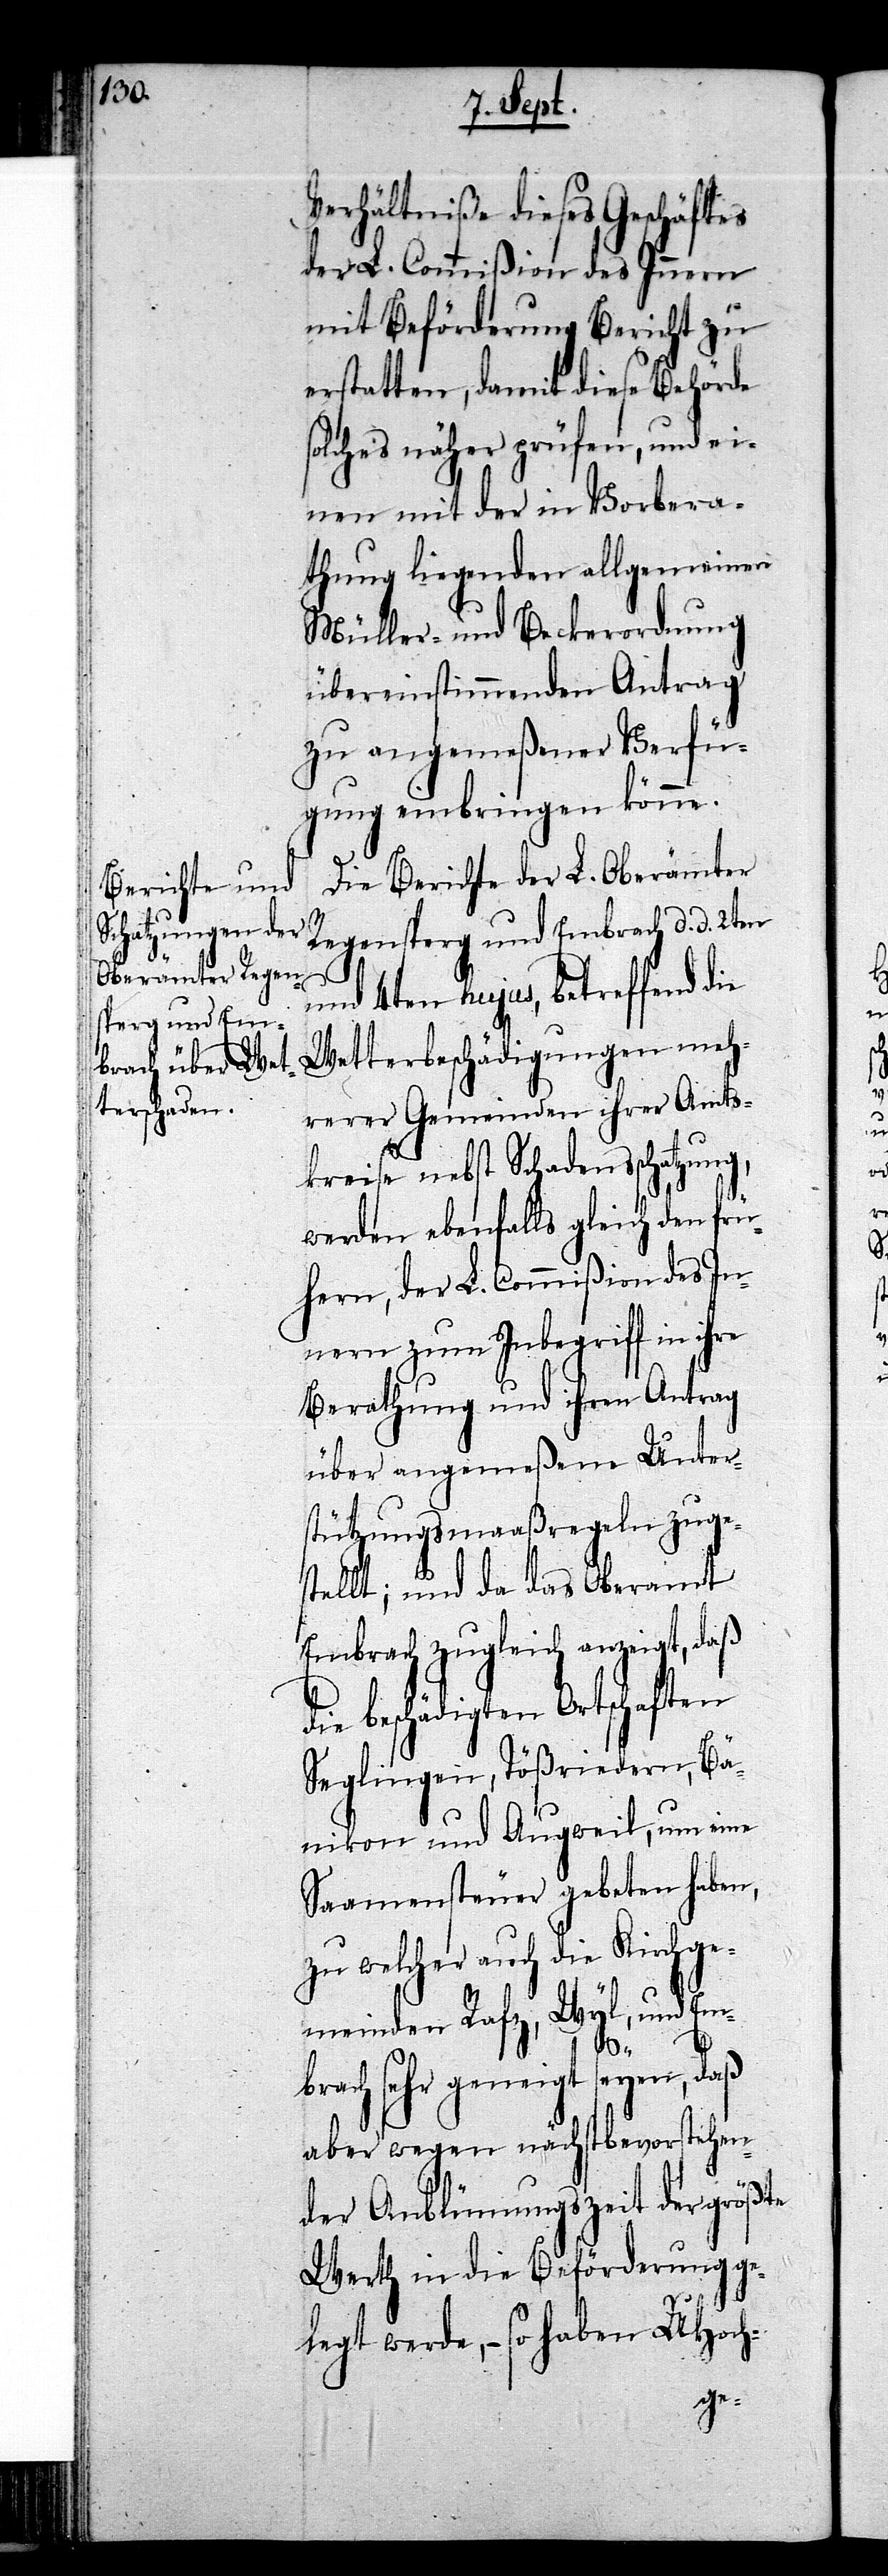
Verhältniße dieses Geschäftes
der L. Commißion des Innern
mit Beförderung Bericht zu
erstatten, damit diese Behörde
solches näher prüfen, und ei¬
nen mit der in Vorbera¬
thung liegenden allgemeinen
Müller- und Beckerordnung
übereinstimmenden Antrag
zu angemeßener Verfü¬
gung einbringen können.
Die Berichte der L. Oberämter
Regensperg und Embrach d. d. 2ten
und 4ten hujus, betreffend die
Wetterbeschädigungen meh¬
rerer Gemeinden ihrer Amts¬
kreise nebst Schadensschatzung,
werden ebenfalls gleich den frü¬
hern, der L. Commißion des In¬
nern zum Inbegriff in ihre
Berathung und ihren Antrag
über angemeßene Unter¬
stützungsmaaßregeln zuge¬
stellt; und da das Oberamt
Embrach zugleich anzeigt, daß
beschädigten Ortschaften
Seglingen, Tößriedern, Bä¬
nikon und Augweil, um eine
Saamensteuer gebeten haben,
zu welcher auch die Kirchge¬
meinden Rafz, Wyl, und Em¬
brach sehr geneigt seyen, daß
aber wegen nächstbevorstehen¬
der Anblümungszeit der größte
Werth in die Beförderung ge¬
legt werde, – so haben UHoch-